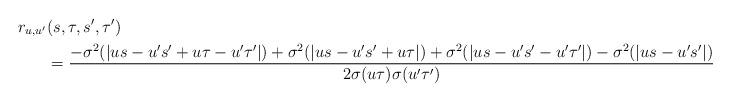
LaTeX: \begin{align*}r_{u,u'}&(s,\tau,s',\tau')\\& =\frac{-\sigma^2(|us-u's' + u\tau -u'\tau'|)+\sigma^2(|us-u's'+u\tau|)+\sigma^2(|us - u's'-u'\tau'|)-\sigma^2(|us-u's'|)}{2\sigma(u\tau)\sigma(u'\tau')}.\end{align*}